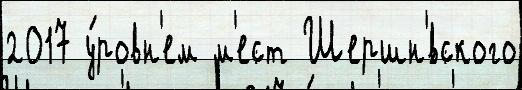
2017 у́ровн'ем м'ест Шершн'́вского